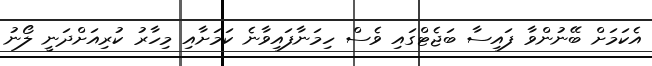
އެކަމަށް ބޭނުންވާ ފައިސާ ބަޖެޓްގައި ވެސް ހިމަނާފައިވާނެ ކަމަށާއި މިހާރު ކުރިއަށްދަނީ ލޯނު